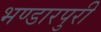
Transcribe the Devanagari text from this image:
भण्डारपुरी